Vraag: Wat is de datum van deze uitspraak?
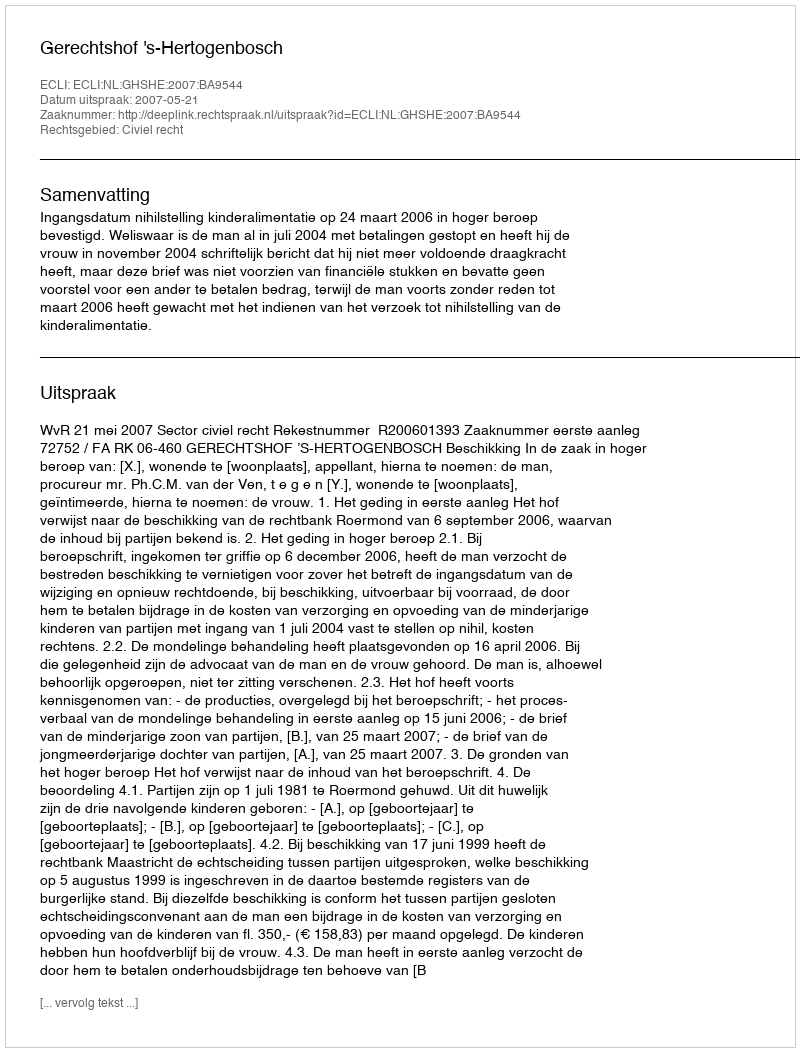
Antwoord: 2007-05-21